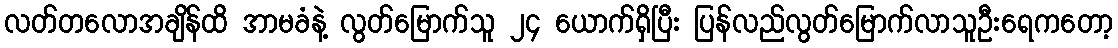
လတ်တလောအချိန်ထိ အာမခံနဲ့ လွတ်မြောက်သူ ၂၄ ယောက်ရှိပြီး ပြန်လည်လွတ်မြောက်လာသူဦးရေကတော့